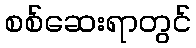
စစ်ဆေးရာတွင်